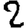
Digit: 2